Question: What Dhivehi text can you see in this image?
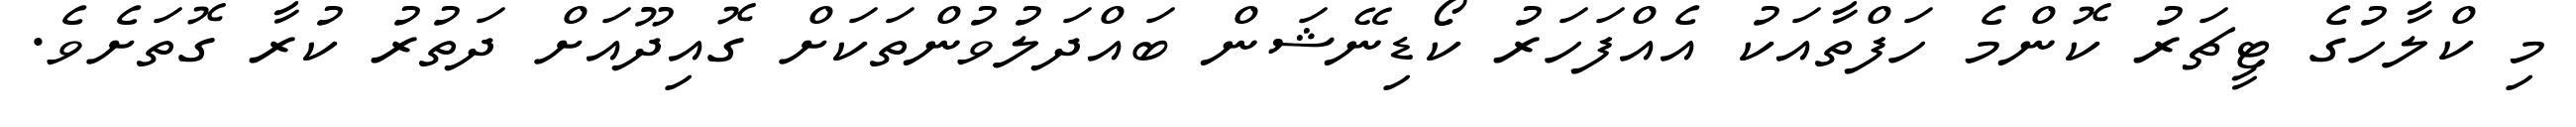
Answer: މި ކްލާހުގެ ޓީޗަރު ކޮންމެ ހަފްތާއަކު އެއްފަހަރު ކޯޑިނޭޝަން ބައްދަލުވުންތަކަށް ގޮއިދޫއަށް ދަތުރު ކުރާ ގޮތަށެވެ.